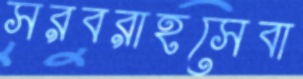
সরবরাহসেবা